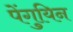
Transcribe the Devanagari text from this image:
पेंगुयिन